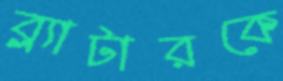
ব্ল্যাটারকে